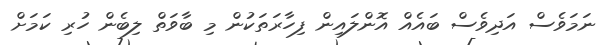
ނަމަވެސް އަދިވެސް ބައެއް އޮންލައިން ފިހާރަތަކުން މި ބާވަތް ލިބެން ހުރި ކަމަށް